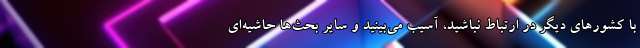
با کشورهاي ديگر در ارتباط نباشيد، آسيب مي‌بينيد و ساير بحث‌ها حاشيه‌اي